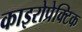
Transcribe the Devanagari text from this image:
काइरोप्रेक्टिक